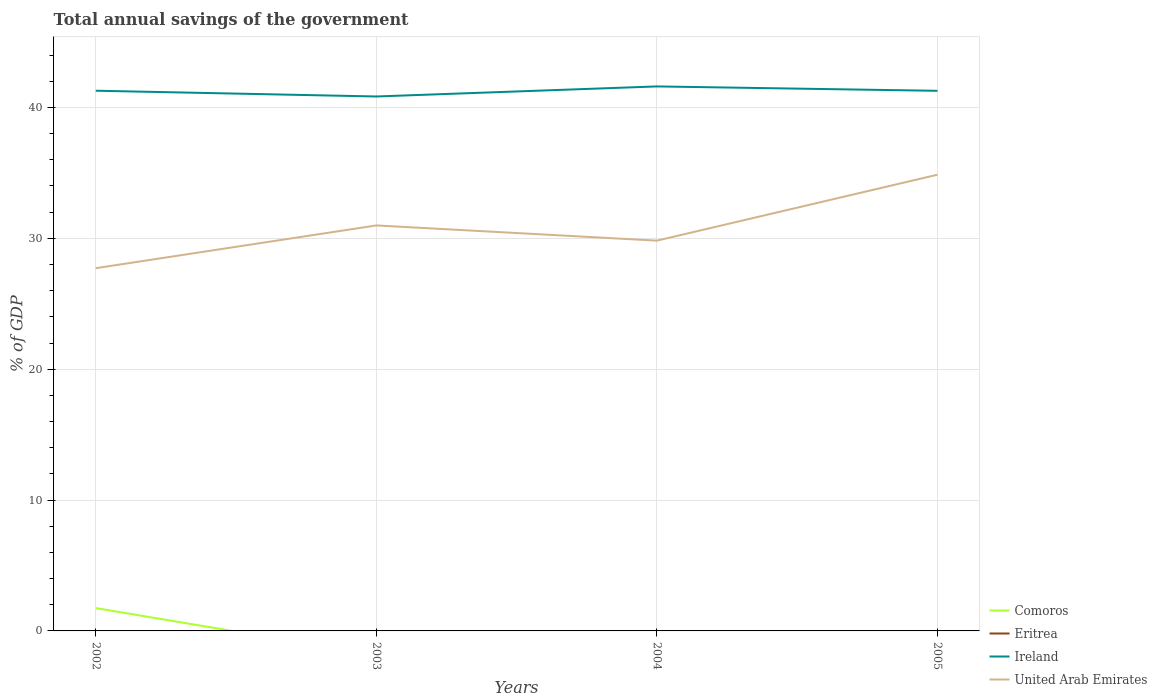
| Years | Comoros | Eritrea | Ireland | United Arab Emirates |
 | --- | --- | --- | --- | --- |
 | 2002 | 1.74 | -23.5 | 41.3 | 27.7 |
 | 2003 | -1.84 | -34.6 | 40.8 | 31 |
 | 2004 | -6.59 | -33.8 | 41.6 | 29.8 |
 | 2005 | -10.8 | -28.4 | 41.3 | 34.9 |